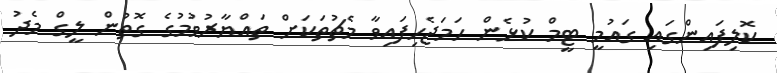
ކޮލިފައިންގައި ގައުމީ ޓީމް ކުޅެން ހަމަޖެހިފައިވާ މެޗުތަކަށް ތައްޔާރުވުމުގެ ގޮތުން ލީގް މެދު